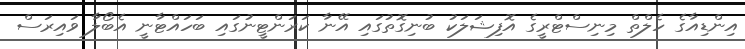
އިންޑިއާގެ ހެލްތް މިނިސްޓްރީގެ އޮފިޝަލަކު ބުނިގޮތުގައި އޭނާ ކަރަންޓީނުގައި ބަހައްޓާނީ އެބޯލާ ވައިރަސް